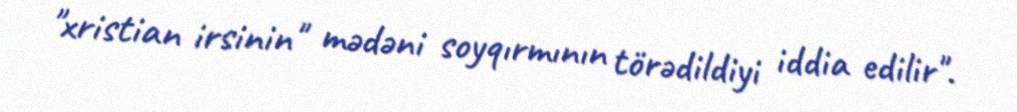
"xristian irsinin" mədəni soyqırmının törədildiyi iddia edilir".